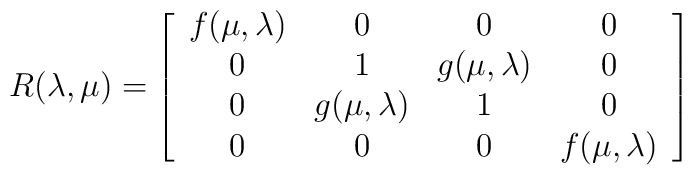
R(\lambda,\mu)=\left[\begin{array}{cccc}f(\mu,\lambda)&0&0&0\\0&1&g(\mu,\lambda)&0\\0&g(\mu, \lambda)&1&0\\0&0&0&f(\mu,\lambda)\end{array}\right]